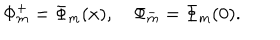
LaTeX: \Phi _ { m } ^ { + } = \Phi _ { m } ( x ) , \quad \Phi _ { m } ^ { - } = \Phi _ { m } ( 0 ) .